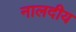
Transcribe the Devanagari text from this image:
नालदीय